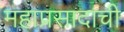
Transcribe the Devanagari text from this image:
महाप्रसादाची